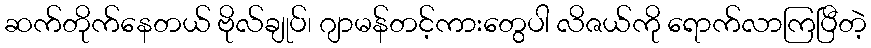
ဆက်တိုက်နေတယ် ဗိုလ်ချုပ်၊ ဂျာမန်တင့်ကားတွေပါ လိဇယ်ကို ရောက်လာကြပြီတဲ့